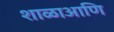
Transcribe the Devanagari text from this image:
शाळाआणि